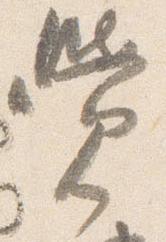
覚